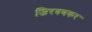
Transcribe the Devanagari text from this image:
जिरवणकर